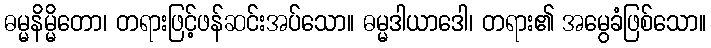
ဓမ္မနိမ္မိတော၊ တရားဖြင့်ဖန်ဆင်းအပ်သော။ ဓမ္မဒါယာဒေါ၊ တရား၏ အမွေခံဖြစ်သော။